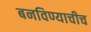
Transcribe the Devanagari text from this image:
बनविण्याचीच